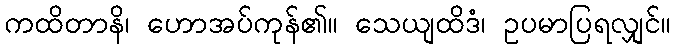
ကထိတာနိ၊ ဟောအပ်ကုန်၏။ သေယျထိဒံ၊ ဥပမာပြရလျှင်။